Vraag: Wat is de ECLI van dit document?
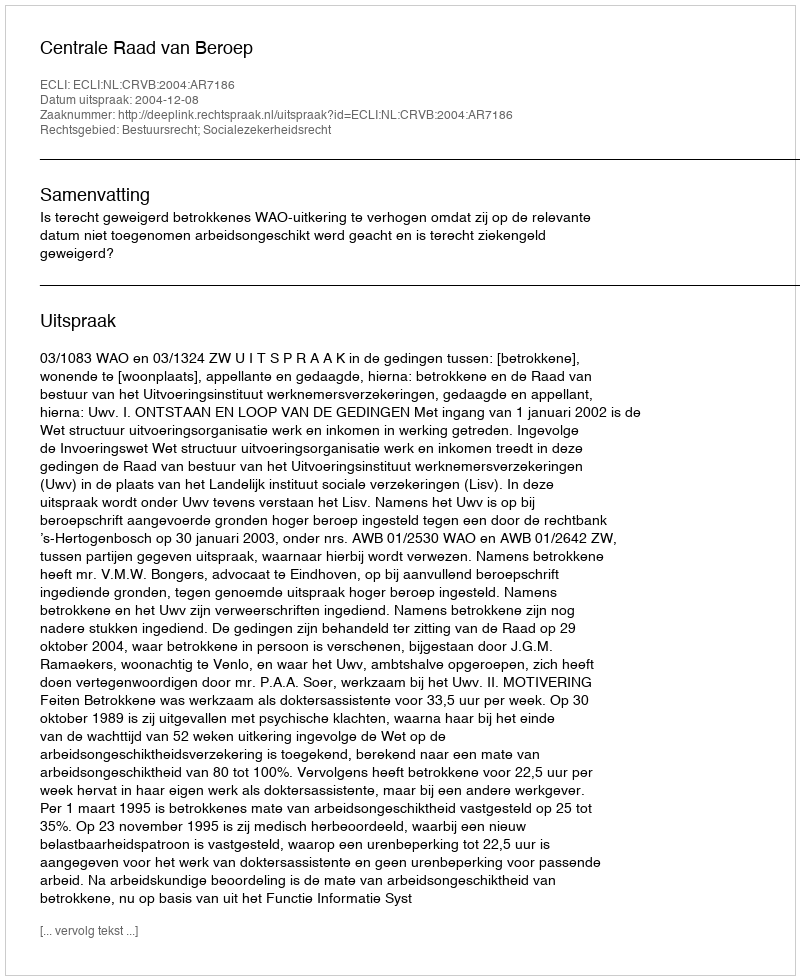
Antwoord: ECLI:NL:CRVB:2004:AR7186